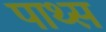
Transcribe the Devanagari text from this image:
पाथ्स